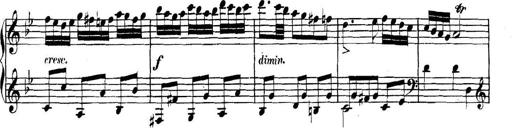
Title: Collected Piano Sonatas
Composer: Muzio Clementi